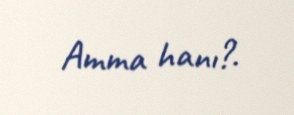
Amma hanı?.